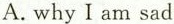
A.why I am sad